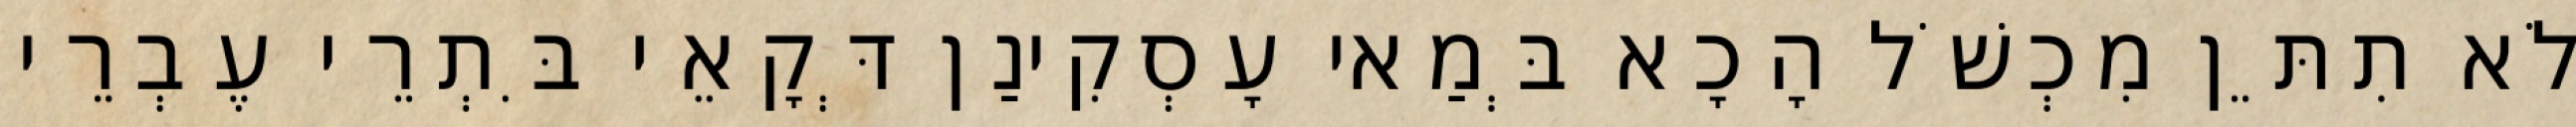
לֹא תִתֵּן מִכְשֹׁל הָכָא בְּמַאי עָסְקִינַן דְּקָאֵי בִּתְרֵי עֶבְרֵי